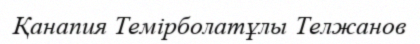
Қанапия Темірболатұлы Телжанов